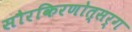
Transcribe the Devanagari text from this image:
सौरकिरणोत्सर्ग